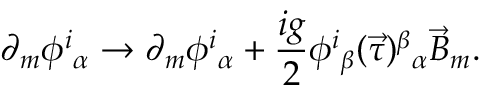
\partial _ { m } \phi ^ { i } { } _ { \alpha } \to \partial _ { m } \phi ^ { i } { } _ { \alpha } + \frac { i g } { 2 } \phi ^ { i } { } _ { \beta } ( \vec { \tau } ) ^ { \beta } { } _ { \alpha } \vec { B } _ { m } .